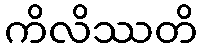
ကိလိဿတိ